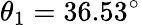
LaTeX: \theta_{1}=36.53^{\circ}